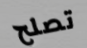
تصلح